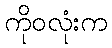
ကိုဝလုံးက